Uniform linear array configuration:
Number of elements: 8
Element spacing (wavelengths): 0.75
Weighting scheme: kaiser
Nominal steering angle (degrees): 0
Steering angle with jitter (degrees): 0.79
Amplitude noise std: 0.05
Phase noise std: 0.05

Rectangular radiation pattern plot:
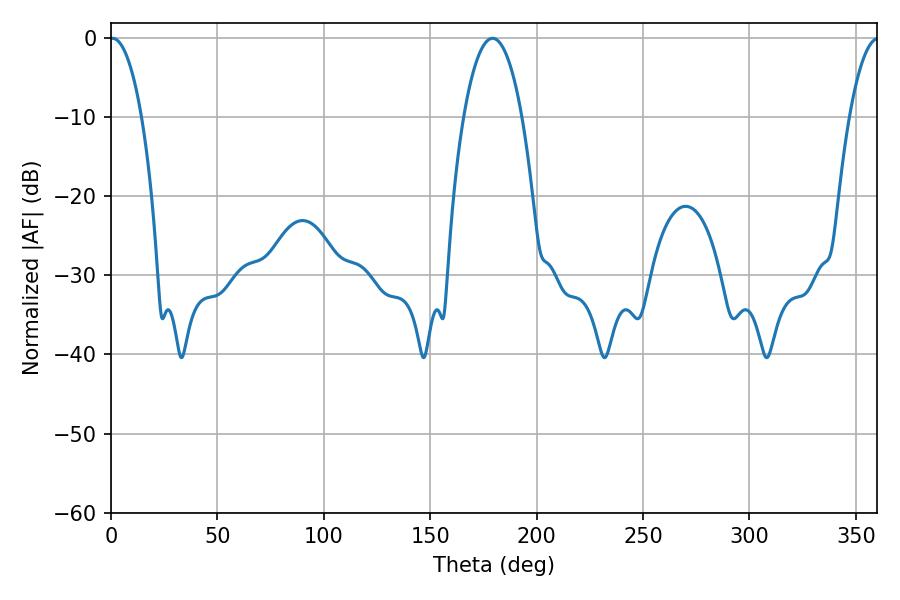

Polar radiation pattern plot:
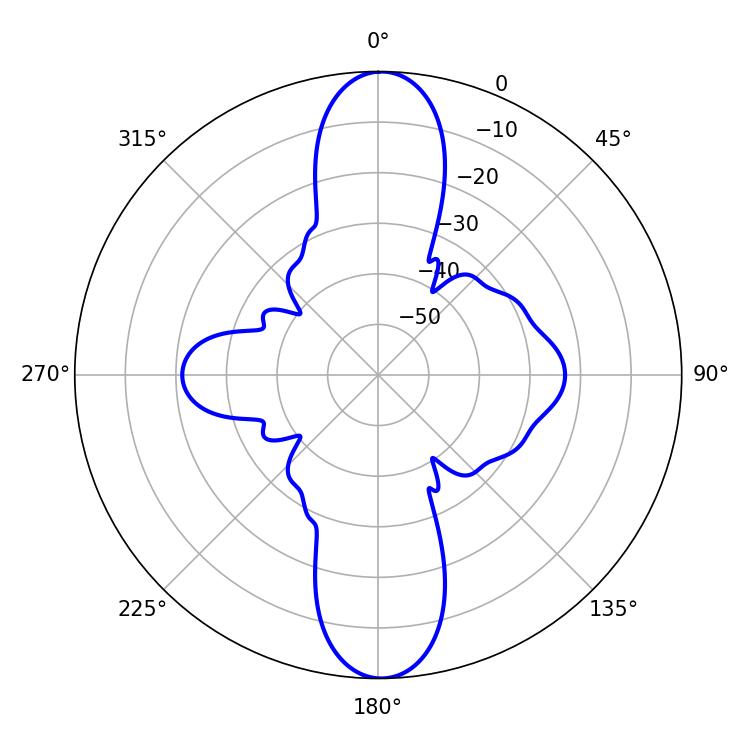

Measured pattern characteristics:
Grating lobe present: TRUE
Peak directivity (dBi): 25.09
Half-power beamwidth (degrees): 8.28
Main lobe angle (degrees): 0.72